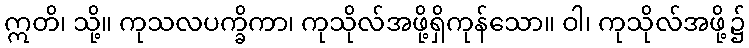
ဣတိ၊ သို့။ ကုသလပက္ခိကာ၊ ကုသိုလ်အဖို့ရှိကုန်သော။ ဝါ၊ ကုသိုလ်အဖို့၌